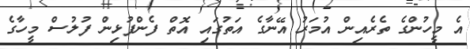
އެ މީހުންގެ ތެރެއިން އުމަރު އޭނާގެ އަތުގައި އޮތް ފެންފުޅިން ފުލުސް މީހާގެ